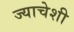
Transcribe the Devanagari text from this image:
ज्याचेशी